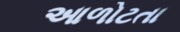
આળોટતા